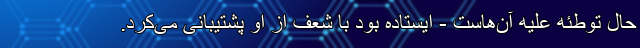
حال توطئه علیه آن‌هاست - ایستاده بود با شعف از او پشتیبانی می‌کرد.